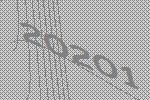
20201